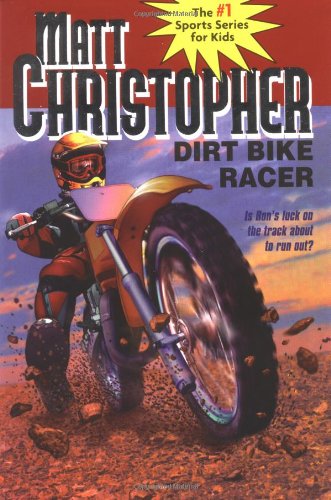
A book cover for Dirt Bike Racer; Matt Christopher; Sports & Outdoors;